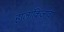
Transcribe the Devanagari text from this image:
हालांकिजावा